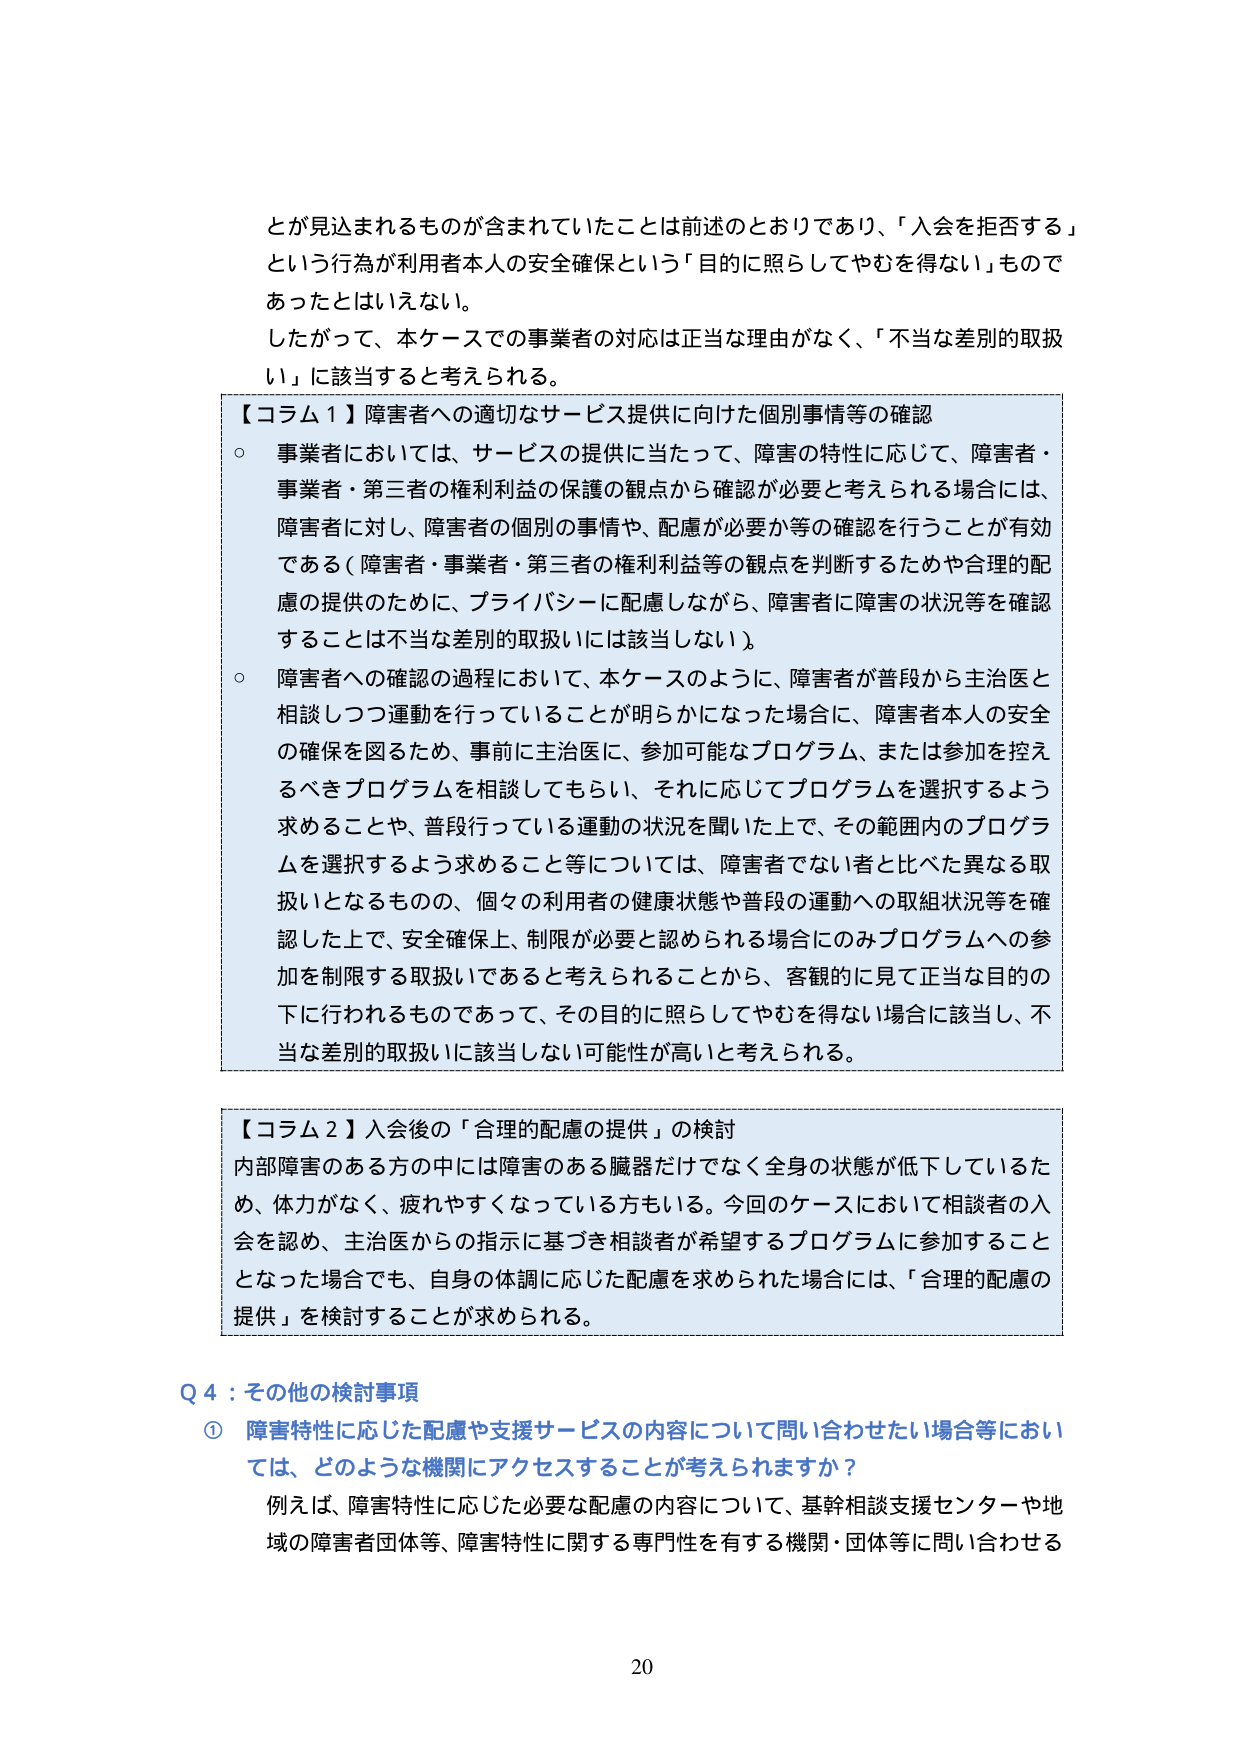
とが見込まれるものが含まれていたことは前述のとおりであり、「入会を拒否する」という行為が利用者本人の安全確保という「目的に照らしてやむを得ない」ものであったとはいえない。
したがって、本ケースでの事業者の対応は正当な理由がなく、「不当な差別的取扱い」に該当すると考えられる。

【コラム１】障害者への適切なサービス提供に向けた個別事情等の確認
○ 事業者においては、サービスの提供に当たって、障害の特性に応じて、障害者・事業者・第三者の権利利益の保護の観点から確認が必要と考えられる場合には、障害者に対し、障害者の個別の事情や、配慮が必要か等の確認を行うことが有効である（障害者・事業者・第三者の権利利益等の観点を判断するためや合理的配慮の提供のために、プライバシーに配慮しながら、障害者に障害の状況等を確認することは不当な差別的取扱いには該当しない）。
○ 障害者への確認の過程において、本ケースのように、障害者が普段から主治医と相談しつつ運動を行っていることが明らかになった場合には、障害者本人の安全の確保を図るため、事前に主治医に、参加可能なプログラム、または参加を控えるべきプログラムを相談してもらい、それに応じてプログラムを選択するよう求めることや、普段行っている運動の状況を聞いた上で、その範囲内のプログラムを選択するよう求めること等については、障害者でない者と比べた異なる取扱いとなるものの、個々の利用者の健康状態や普段の運動への取組状況等を確認した上で、安全確保上、制限が必要と認められる場合にのみプログラムへの参加を制限する取扱いであると考えられることから、客観的に見て正当な目的の下に行われるものであって、その目的に照らしてやむを得ない場合に該当し、不当な差別的取扱いに該当しない可能性が高いと考えられる。

【コラム２】入会後の「合理的配慮の提供」の検討
内部障害のある方の中には障害のある臓器だけでなく全身の状態が低下しているため、体力がなく、疲れやすくなっている方もいる。今回のケースにおいて相談者の入会を認め、主治医からの指示に基づき相談者が希望するプログラムに参加することとなった場合でも、自身の体調に応じた配慮を求められた場合には、「合理的配慮の提供」を検討することが求められる。

Q４：その他の検討事項
① 障害特性に応じた配慮や支援サービスの内容について問い合わせたい場合等においては、どのような機関にアクセスすることが考えられますか？
例えば、障害特性に応じた必要な配慮の内容について、基幹相談支援センターや地域の障害者団体等、障害特性に関する専門性を有する機関・団体等に問い合わせる

20